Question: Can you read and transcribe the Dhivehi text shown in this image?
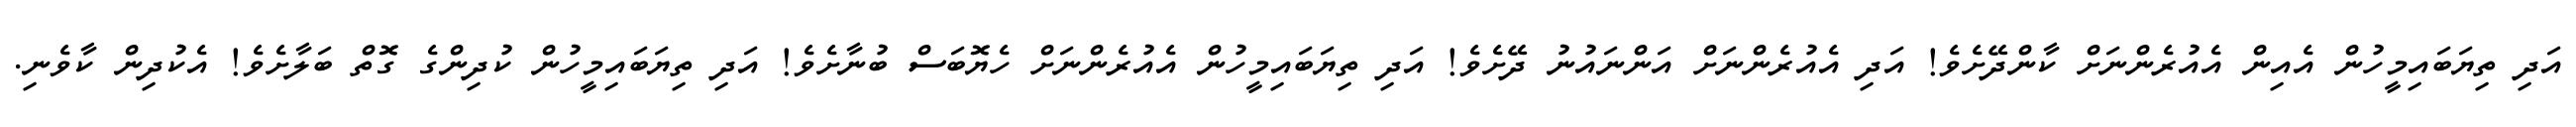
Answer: އަދި ތިޔަބައިމީހުން އެއިން އެއުރެންނަށް ކާންދޭށެވެ! އަދި އެއުރެންނަށް އަންނައުނު ދޭށެވެ! އަދި ތިޔަބައިމީހުން އެއުރެންނަށް ހެޔޮބަސް ބުނާށެވެ! އަދި ތިޔަބައިމީހުން ކުދިންގެ ގޮތް ބަލާށެވެ! އެކުދިން ކާވެނި.